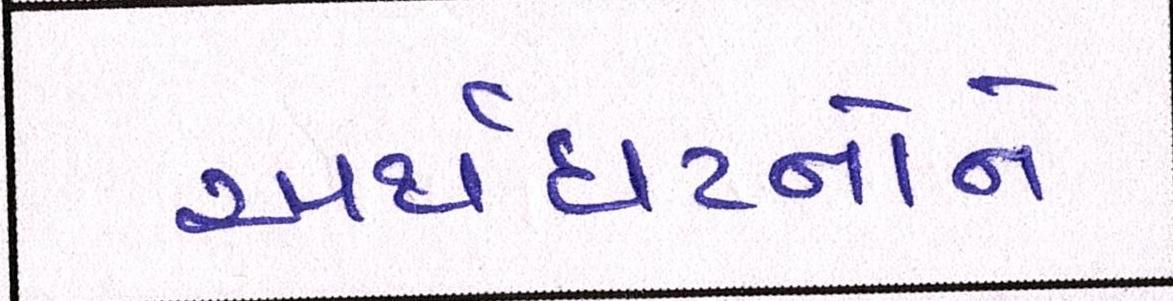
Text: અર્થઘટનોને